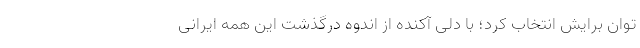
توان برایش انتخاب کرد؛ با دلی آکنده از اندوه درگذشت این همه ایرانی